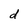
Character: d